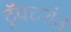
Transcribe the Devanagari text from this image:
ट्रॅक्टरांत